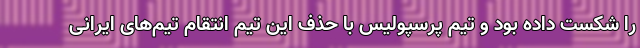
را شکست داده بود و تیم پرسپولیس با حذف این تیم انتقام تیم‌های ایرانی